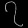
Digit: ၇